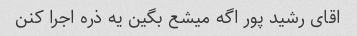
اقای رشید پور اگه میشع بگین یه ذره اجرا کنن